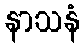
နာသနံ